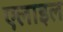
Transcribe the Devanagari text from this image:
एलाइल